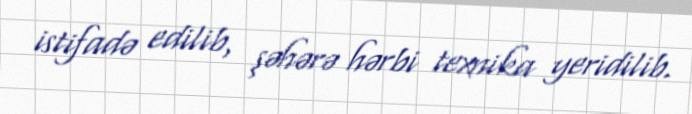
istifadə edilib, şəhərə hərbi texnika yeridilib.